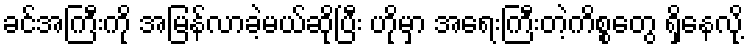
ခင်အကြီးကို အမြန်လာခဲ့မယ်ဆိုပြီး ဟိုမှာ အရေးကြီးတဲ့ကိစ္စတွေ ရှိနေလို့